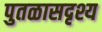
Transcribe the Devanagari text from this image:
पुतळासदृश्य